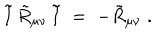
{ \mathbf { \tilde { I } } } \, { \tilde { R } } _ { \mu \nu } \, { \mathbf { \tilde { I } } } \; = \; - { \tilde { R } } _ { \mu \nu } \; .